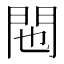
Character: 𬮆